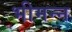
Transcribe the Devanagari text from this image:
भीमन्‍न